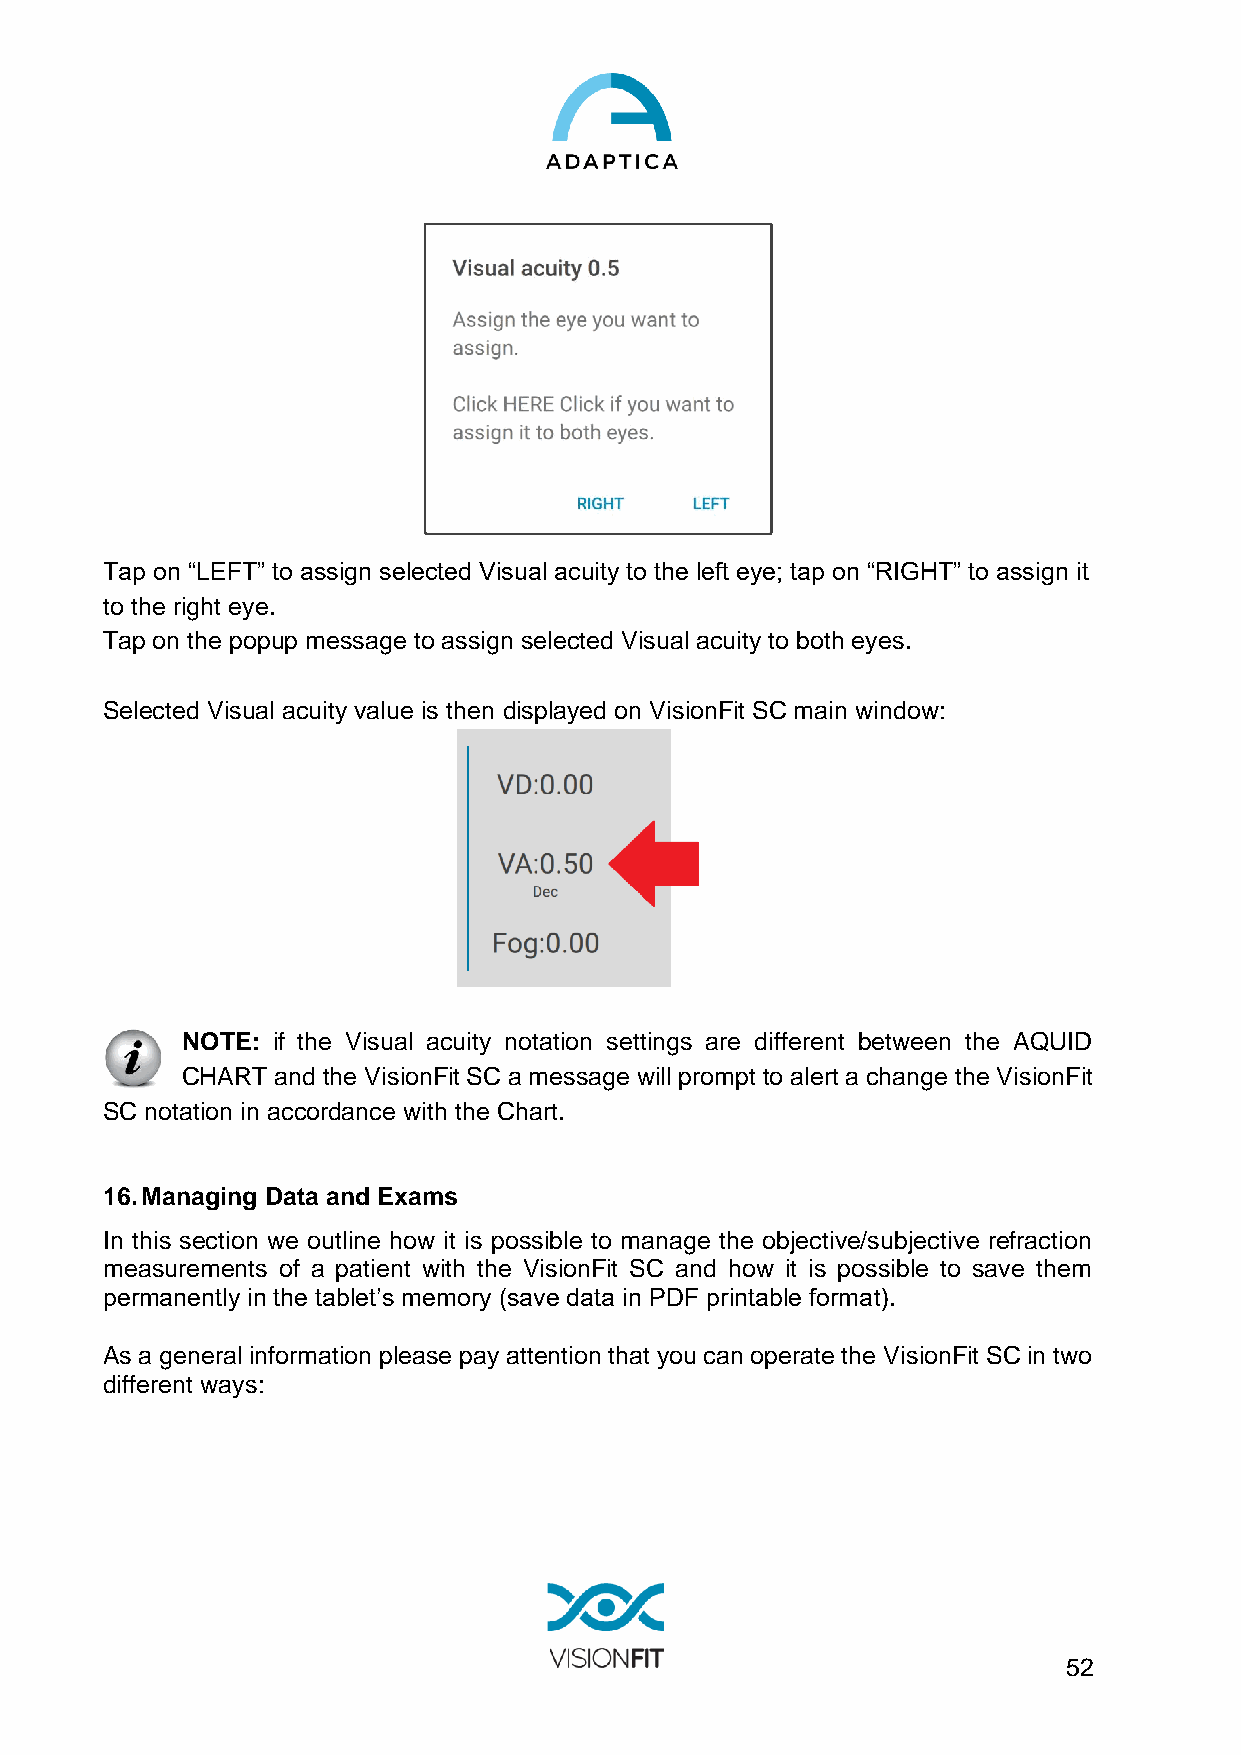
Tap on “LEFT” to assign selected Visual acuity to the left eye; tap on “RIGHT” to assign it
 to the right eye.
 Tap on the popup message to assign selected Visual acuity to both eyes.
 Selected Visual acuity value is then displayed on VisionFit SC main window:
 NOTE: if the Visual acuity notation settings are different between the AQUID
 CHART and the VisionFit SC a message will prompt to alert a change the VisionFit
 SC notation in accordance with the Chart.
 16. Managing Data and Exams
 In this section we outline how it is possible to manage the objective/subjective refraction
 measurements of a patient with the VisionFit SC and how it is possible to save them
 permanently in the tablet’s memory (save data in PDF printable format).
 As a general information please pay attention that you can operate the VisionFit SC in two
 different ways:
 52